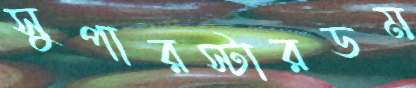
সুপারস্টারডম